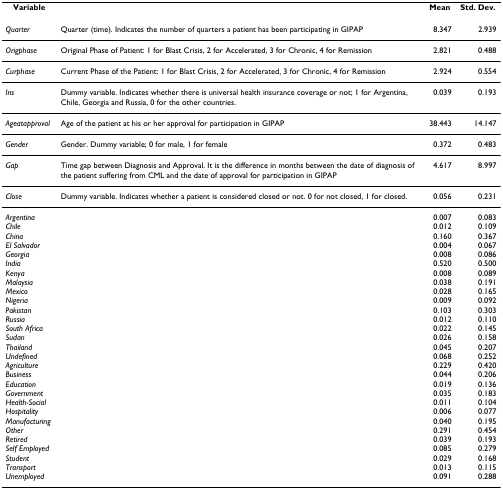
<table><thead><tr><td><b>Variable</b></td><td></td><td><b>Mean</b></td><td><b>Std. Dev.</b></td></tr></thead><tbody><tr><td><i>Quarter</i></td><td>Quarter (time). Indicates the number of quarters a patient has been participating in GIPAP</td><td>8.347</td><td>2.939</td></tr><tr><td><i>Origphase</i></td><td>Original Phase of Patient: 1 for Blast Crisis, 2 for Accelerated, 3 for Chronic, 4 for Remission</td><td>2.821</td><td>0.488</td></tr><tr><td><i>Curphase</i></td><td>Current Phase of the Patient: 1 for Blast Crisis, 2 for Accelerated, 3 for Chronic, 4 for Remission</td><td>2.924</td><td>0.554</td></tr><tr><td><i>Ins</i></td><td>Dummy variable. Indicates whether there is universal health insurance coverage or not; 1 for Argentina, Chile, Georgia and Russia, 0 for the other countries.</td><td>0.039</td><td>0.193</td></tr><tr><td><i>Ageatapproval</i></td><td>Age of the patient at his or her approval for participation in GIPAP</td><td>38.443</td><td>14.147</td></tr><tr><td><i>Gender</i></td><td>Gender. Dummy variable; 0 for male, 1 for female</td><td>0.372</td><td>0.483</td></tr><tr><td><i>Gap</i></td><td>Time gap between Diagnosis and Approval. It is the difference in months between the date of diagnosis of the patient suffering from CML and the date of approval for participation in GIPAP</td><td>4.617</td><td>8.997</td></tr><tr><td><i>Close</i></td><td>Dummy variable. Indicates whether a patient is considered closed or not. 0 for not closed, 1 for closed.</td><td>0.056</td><td>0.231</td></tr><tr><td><i>Argentina</i></td><td></td><td>0.007</td><td>0.083</td></tr><tr><td><i>Chile</i></td><td></td><td>0.012</td><td>0.109</td></tr><tr><td><i>China</i></td><td></td><td>0.160</td><td>0.367</td></tr><tr><td><i>El Salvador</i></td><td></td><td>0.004</td><td>0.067</td></tr><tr><td><i>Georgia</i></td><td></td><td>0.008</td><td>0.086</td></tr><tr><td><i>India</i></td><td></td><td>0.520</td><td>0.500</td></tr><tr><td><i>Kenya</i></td><td></td><td>0.008</td><td>0.089</td></tr><tr><td><i>Malaysia</i></td><td></td><td>0.038</td><td>0.191</td></tr><tr><td><i>Mexico</i></td><td></td><td>0.028</td><td>0.165</td></tr><tr><td><i>Nigeria</i></td><td></td><td>0.009</td><td>0.092</td></tr><tr><td><i>Pakistan</i></td><td></td><td>0.103</td><td>0.303</td></tr><tr><td><i>Russia</i></td><td></td><td>0.012</td><td>0.110</td></tr><tr><td><i>South Africa</i></td><td></td><td>0.022</td><td>0.145</td></tr><tr><td><i>Sudan</i></td><td></td><td>0.026</td><td>0.158</td></tr><tr><td><i>Thailand</i></td><td></td><td>0.045</td><td>0.207</td></tr><tr><td><i>Undefined</i></td><td></td><td>0.068</td><td>0.252</td></tr><tr><td><i>Agriculture</i></td><td></td><td>0.229</td><td>0.420</td></tr><tr><td><i>Business</i></td><td></td><td>0.044</td><td>0.206</td></tr><tr><td><i>Education</i></td><td></td><td>0.019</td><td>0.136</td></tr><tr><td><i>Government</i></td><td></td><td>0.035</td><td>0.183</td></tr><tr><td><i>Health-Social</i></td><td></td><td>0.011</td><td>0.104</td></tr><tr><td><i>Hospitality</i></td><td></td><td>0.006</td><td>0.077</td></tr><tr><td><i>Manufacturing</i></td><td></td><td>0.040</td><td>0.195</td></tr><tr><td><i>Other</i></td><td></td><td>0.291</td><td>0.454</td></tr><tr><td><i>Retired</i></td><td></td><td>0.039</td><td>0.193</td></tr><tr><td><i>Self Employed</i></td><td></td><td>0.085</td><td>0.279</td></tr><tr><td><i>Student</i></td><td></td><td>0.029</td><td>0.168</td></tr><tr><td><i>Transport</i></td><td></td><td>0.013</td><td>0.115</td></tr><tr><td><i>Unemployed</i></td><td></td><td>0.091</td><td>0.288</td></tr></tbody></table>